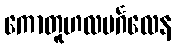
ကောတူဟလမင်္ဂလေန